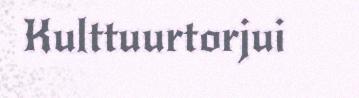
Kulttuurtorjui